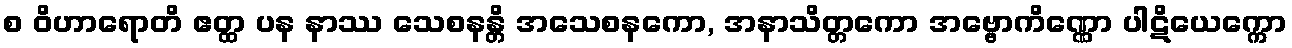
စ ဝိဟာရောတိ ဧတ္ထ ပန နာဿ သေစနန္တိ အသေစနကော, အနာသိတ္တကော အဗ္ဗောကိဏ္ဏော ပါဋိယေက္ကော